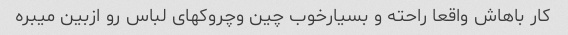
کار باهاش واقعا راحته و بسیارخوب چین وچروکهاى لباس رو ازبین میبره